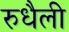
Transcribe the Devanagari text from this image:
रुधैली